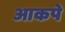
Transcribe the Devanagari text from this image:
आकपे